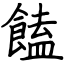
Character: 饁